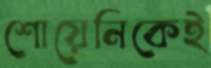
শোয়েনিকেই